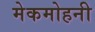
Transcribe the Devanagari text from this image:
मेकमोहनी